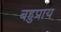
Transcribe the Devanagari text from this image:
बहुप्राय